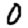
Digit: 0